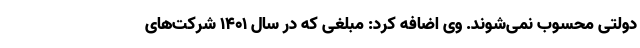
دولتی محسوب نمی‌شوند. وی اضافه کرد: مبلغی که در سال ۱۴۰۱ شرکت‌های